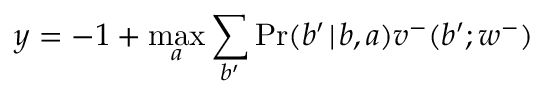
y = - 1 + \operatorname* { m a x } _ { a } \sum _ { b ^ { \prime } } \operatorname* { P r } ( b ^ { \prime } \! \mid \! b , a ) v ^ { - } ( b ^ { \prime } ; w ^ { - } )